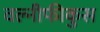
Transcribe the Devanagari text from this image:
वल्नीफीकुस